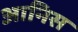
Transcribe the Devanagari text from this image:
आनिस